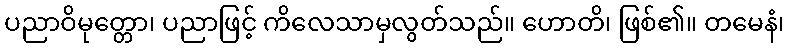
ပညာဝိမုတ္တော၊ ပညာဖြင့် ကိလေသာမှလွတ်သည်။ ဟောတိ၊ ဖြစ်၏။ တမေနံ၊